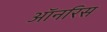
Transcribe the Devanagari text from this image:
ऑनरिस